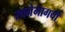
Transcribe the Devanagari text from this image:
रचनेमागची